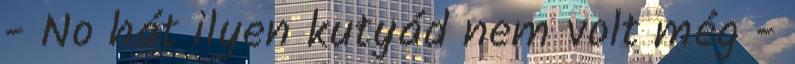
- No hát ilyen kutyád nem volt még -